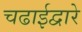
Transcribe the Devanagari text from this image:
चढाईद्वारे